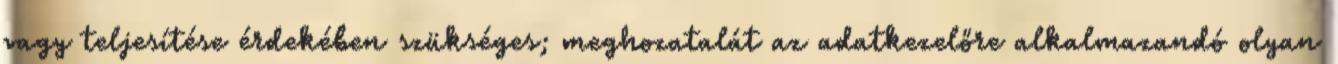
vagy teljesítése érdekében szükséges; meghozatalát az adatkezelőre alkalmazandó olyan